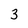
Character: 3